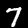
Label: 7